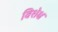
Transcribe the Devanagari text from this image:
विशेक्ष